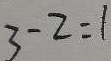
3 - 2 = 1